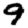
Digit: 9